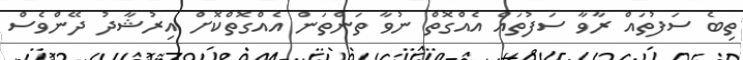
ތިބެ ސަފުތައް ރާވާ ސަފުތައް އެއްގޮތް ނުވާ ތަންތަން އެއްގޮތްކޮށް އިރުޝާދު ދޭންވެސް